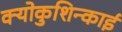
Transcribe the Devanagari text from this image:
क्योकुशिन्काई